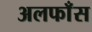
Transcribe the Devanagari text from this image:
अलफाँस